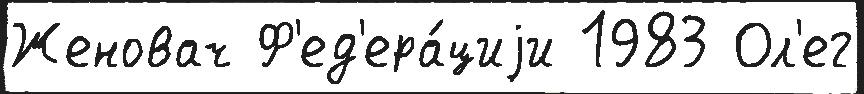
Женовач Ф'ед'ера́циjи 1983 Ол'ег